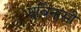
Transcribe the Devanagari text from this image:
एबिनासी